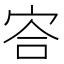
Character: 㝓